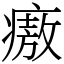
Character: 㾲